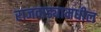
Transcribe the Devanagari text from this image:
राजवाड्यामधील